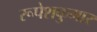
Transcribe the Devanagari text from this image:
रूपेशकुमार